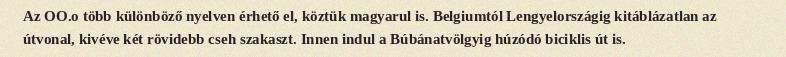
Az OO.o több különböző nyelven érhető el, köztük magyarul is. Belgiumtól Lengyelországig kitáblázatlan az útvonal, kivéve két rövidebb cseh szakaszt. Innen indul a Búbánatvölgyig húzódó biciklis út is.